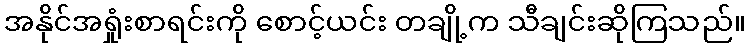
အနိုင်အရှုံးစာရင်းကို စောင့်ယင်း တချို့က သီချင်းဆိုကြသည်။